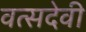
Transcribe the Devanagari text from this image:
वत्सदेवी